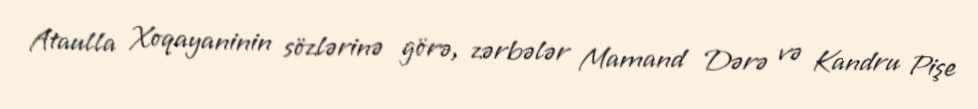
Ataulla Xoqayaninin sözlərinə görə, zərbələr Mamand Dərə və Kandru Pişe